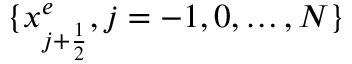
\{ x _ { j + \frac { 1 } { 2 } } ^ { e } , j = - 1 , 0 , \ldots , N \}